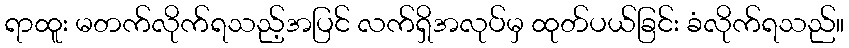
ရာထူး မတက်လိုက်ရသည့်အပြင် လက်ရှိအလုပ်မှ ထုတ်ပယ်ခြင်း ခံလိုက်ရသည်။